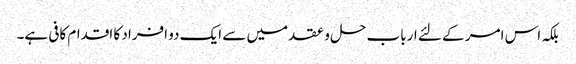
بلکہ اس امر کے لئے ارباب حل و عقد میں سے ایک دو افراد کا اقدام کافی ہے۔